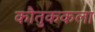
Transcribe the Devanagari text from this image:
कौतुककला